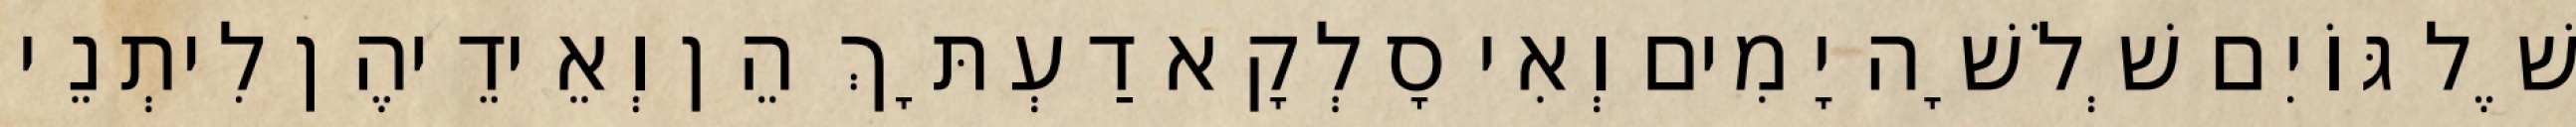
שֶׁל גּוֹיִם שְׁלֹשָׁה יָמִים וְאִי סָלְקָא דַעְתָּךְ הֵן וְאֵידֵיהֶן לִיתְנֵי